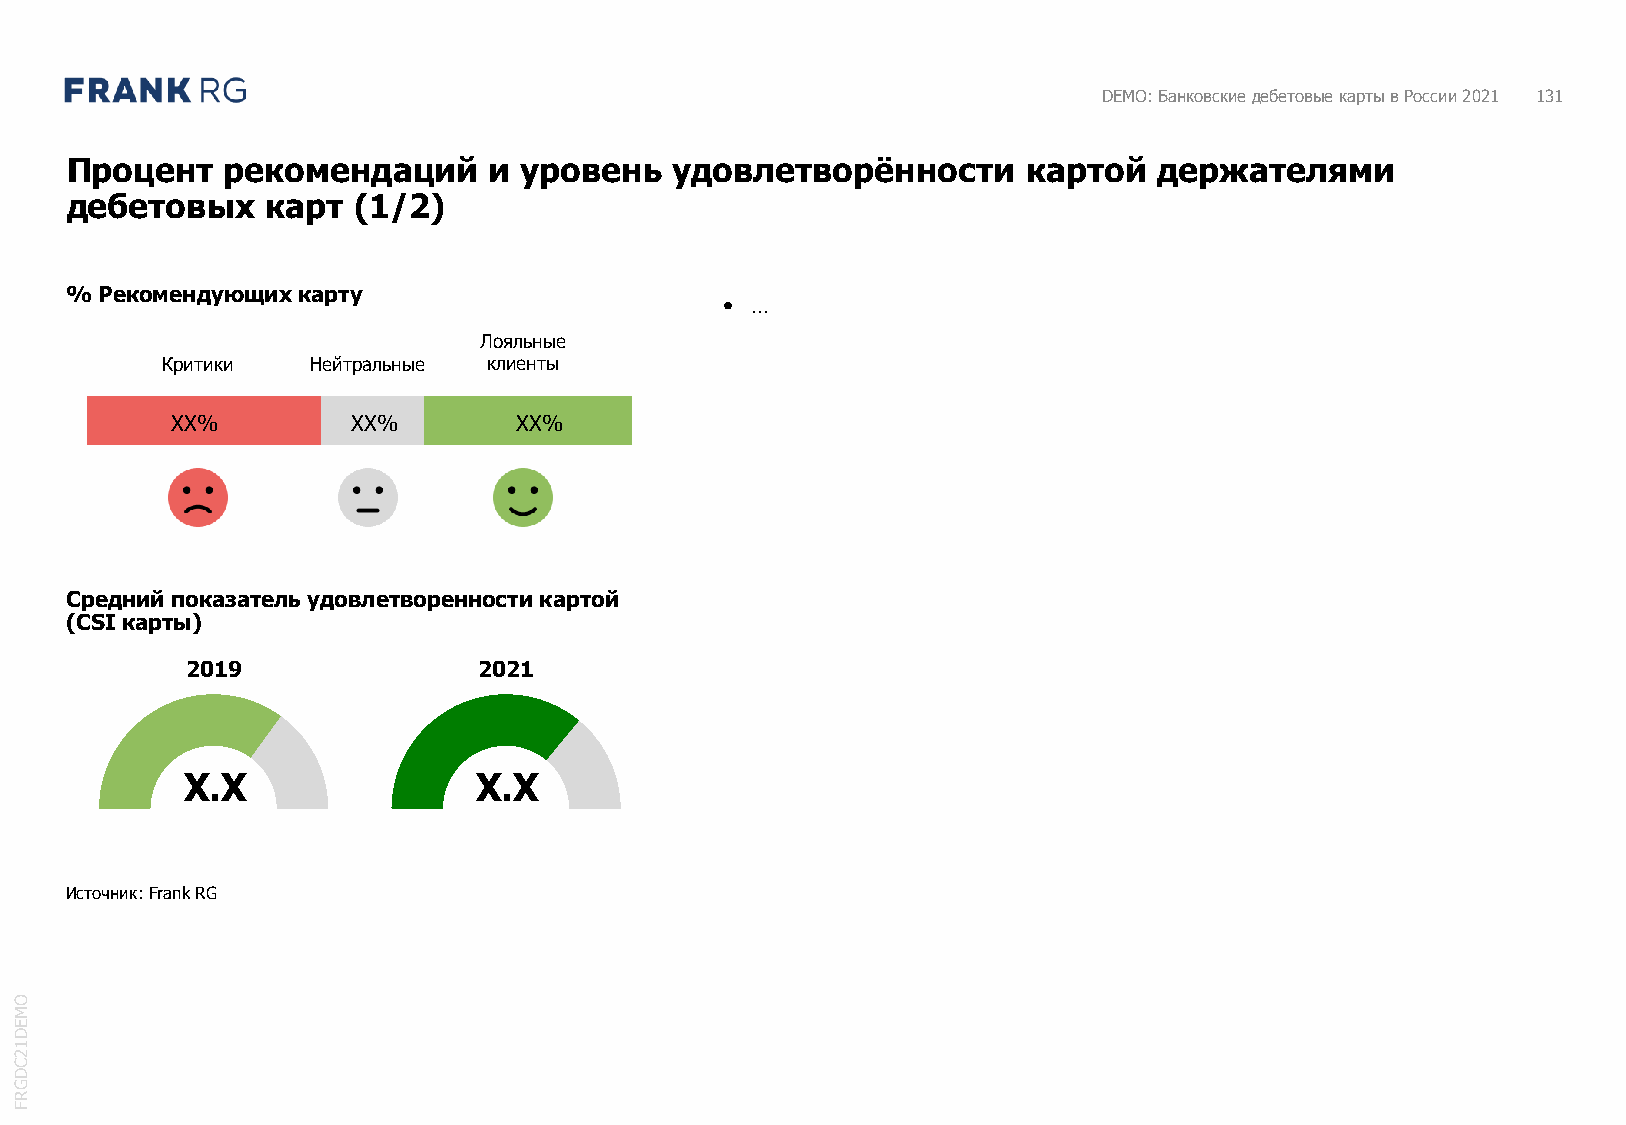
DEMO: Банковские дебетовые карты в России 2021 131
 Процент    рекомендаций     и уровень    удовлетворённости      картой   держателями
 дебетовых     карт (1/2)
 %  Рекомендующих карту
 • …
 Лояльные
 Критики   Нейтральные клиенты
 XX%         XX%        XX%
 Средний показатель удовлетворенности картой
 (CSIкарты)
 2019                2021
 X.X                X.X
 Источник: FrankRG
 O
 M
 E
 D
 1
 2
 C
 D
 G
 R
 F